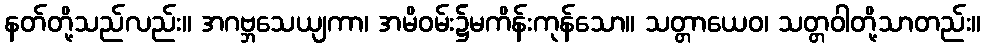
နတ်တို့သည်လည်း။ အဂဗ္ဘသေယျကာ၊ အမိဝမ်း၌မကိန်းကုန်သော။ သတ္တာယေဝ၊ သတ္တဝါတို့သာတည်း။